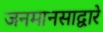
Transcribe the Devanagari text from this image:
जनमानसाद्वारे